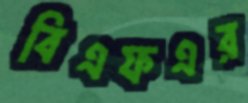
বিএফএর